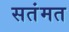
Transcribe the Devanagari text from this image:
सतंमत